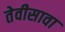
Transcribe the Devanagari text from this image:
तेवीसावा